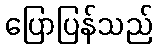
ပြောပြန်သည်